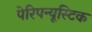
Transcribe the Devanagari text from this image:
पेरिपन्यूस्टिक